Report on the lunatic asylums under the Government of Bombay - 1904-1913
Year: 1904
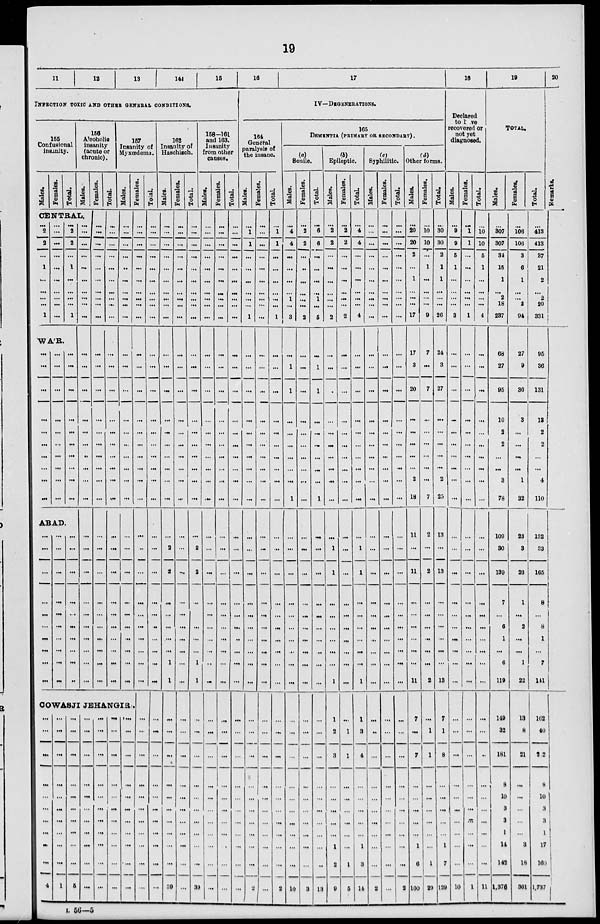
19
11
12
13
14
15
INFECTION TOXIC AND OTHER GENERAL CONDITIONS.
155
Confusional
insanity.
Males.
Females.
Total.
156
Alcoholic
insanity
(acute or
chronic).
Males.
CENTRAL.
...
2
2
...
1
...
...
...
...
1
...
...
...
...
...
...
...
...
...
...
...
2
2
...
1
...
...
...
...
1
WA'R.
...
...
...
...
...
...
...
...
...
...
...
...
...
...
...
...
...
...
...
...
...
...
...
...
...
...
...
...
...
...
ABAD.
...
...
...
...
...
...
...
...
...
...
...
...
...
...
...
...
...
...
...
...
...
...
...
...
...
...
...
...
...
...
...
...
...
...
...
...
...
...
...
...
...
...
...
...
...
...
...
...
...
...
...
...
...
...
...
...
...
...
...
...
Females.
...
...
...
...
...
...
...
...
...
...
...
...
...
...
...
...
...
...
...
...
...
...
...
...
...
...
...
...
...
...
Total.
...
...
...
...
...
...
...
...
...
...
...
...
...
...
...
...
...
...
...
...
...
...
...
...
...
...
...
...
...
...
157
Insanity of
Myxœdema.
Males.
...
...
...
...
...
...
...
...
...
...
...
...
...
...
...
...
...
...
...
...
...
...
...
...
...
...
...
...
...
...
COWASJI JEHANGIR).
...
...
...
...
...
...
...
...
...
...
4
...
...
...
...
...
...
...
...
...
...
1
...
...
...
...
...
...
...
...
...
...
5
...
...
...
...
...
...
...
...
...
...
...
...
...
...
...
...
...
...
...
...
...
...
...
...
...
...
...
...
...
...
...
...
...
...
...
...
...
...
...
...
...
...
...
...
Females.
...
...
...
...
...
...
...
...
...
...
...
...
...
...
...
...
...
...
...
...
...
...
...
...
...
...
...
...
...
...
...
...
...
...
...
...
...
...
...
...
...
Total.
...
...
...
...
...
...
...
... ...
...
...
...
...
...
...
...
...
...
...
...
...
...
...
...
...
...
...
...
...
...
...
...
...
...
...
...
...
...
...
...
...
162
Insanity of
Haschisch.
Males.
...
...
...
...
...
...
...
...
...
...
...
...
...
...
...
...
...
...
...
...
...
2
2
...
...
...
...
...
1
1
...
...
...
...
...
...
...
...
...
...
39
Females.
...
...
...
...
...
...
...
...
...
...
...
...
...
...
...
...
...
...
...
...
...
...
...
...
...
...
...
...
...
...
...
...
...
...
...
...
...
...
...
...
...
Total.
...
...
...
...
...
...
...
...
...
...
...
...
...
...
...
...
...
...
...
...
...
2
2
...
...
...
...
...
1
1
...
...
...
...
...
...
...
...
...
...
39
158-161
and 163.
Insanity
from other
causes.
Males.
...
...
...
...
...
...
...
...
...
...
...
...
...
...
...
...
...
...
...
...
...
...
...
...
...
...
...
...
...
...
...
...
...
...
...
...
...
...
...
...
...
Females.
...
...
...
...
...
...
...
...
...
...
...
...
...
...
...
...
...
...
...
...
...
...
...
...
...
...
...
...
...
...
...
...
...
...
...
...
...
...
...
...
...
Total.
...
...
...
...
...
...
...
...
...
...
...
...
...
...
...
...
...
...
...
...
...
...
...
...
...
...
...
...
...
...
...
...
...
...
...
...
...
...
...
...
...
16
17
IV—DEGENERATIONS.
164
General
paralysis of
the insane.
Males.
...
1
1
...
...
...
...
...
...
1
...
...
...
...
...
...
...
...
...
...
...
...
...
...
...
...
...
...
...
...
...
...
...
...
...
...
...
...
...
...
2
Females.
...
...
...
...
...
...
...
... ...
...
...
...
...
...
...
...
...
...
...
...
...
...
...
...
...
...
...
...
...
...
...
...
...
...
...
...
...
...
...
...
...
Total.
...
1
1
...
...
...
...
...
...
1
...
...
...
...
...
...
...
...
...
...
...
...
...
...
...
...
...
...
...
...
...
...
...
...
...
...
...
...
...
...
2
165
DEMENTIA (PRIMARY OR SECONDARY).
(a)
Senile.
Males.
...
4
4
...
...
...
...
1
...
3
...
1
1
...
...
...
...
...
...
1
...
...
...
...
...
...
...
...
...
...
...
...
...
...
...
...
...
...
...
...
10
Females.
...
2
2
...
...
...
...
...
...
2
...
...
...
...
...
...
...
...
...
...
...
...
...
...
...
...
...
...
...
...
...
...
...
...
...
...
...
...
...
...
8
Total.
...
6
6
...
...
...
...
1
...
5
...
1
1
...
...
...
...
...
...
1
...
...
...
...
...
...
...
...
...
...
...
...
...
...
...
...
...
...
...
...
18
(b)
Epileptic.
Males.
...
2
2
...
...
...
...
...
...
2
...
...
...
...
...
...
...
...
...
...
...
1
1
...
...
...
...
...
...
1
1
2
3
...
...
...
...
...
1
2
9
Females.
...
2
2
...
...
...
...
...
...
2
...
...
...
...
...
...
...
...
...
...
...
...
...
...
...
...
...
...
...
...
...
1
1
...
...
...
...
...
...
1
5
Total.
...
4
4
...
...
...
...
...
...
4
...
...
...
...
...
...
...
...
...
...
...
1
1
...
...
...
...
...
...
1
1
3
4
...
...
...
...
...
1
3
14
(c)
Syphilitic.
Males.
...
...
...
...
...
...
...
...
...
...
...
...
...
...
...
...
...
...
...
...
...
...
...
...
...
...
...
...
...
...
...
...
...
...
...
...
...
...
...
...
2
Females.
...
...
...
...
...
...
...
...
...
...
...
...
...
...
...
...
...
...
...
...
...
...
...
...
...
...
...
...
...
...
...
...
...
...
...
...
...
...
...
...
...
Total.
...
...
...
...
...
...
...
...
...
...
...
...
...
...
...
...
...
...
...
...
...
...
...
...
...
...
...
...
...
...
...
...
...
...
...
...
...
...
...
...
2
(d)
Other forms.
Males.
...
20
20
2
...
1
...
...
...
17
17
3
20
...
...
...
...
...
2
18
11
...
11
...
...
...
...
...
...
11
7
...
7
...
...
...
...
...
1
6
100
Females.
...
10
10
...
1
...
...
...
...
9
7
...
7
...
...
...
...
...
...
7
2
...
2
...
...
...
...
...
...
2
...
1
1
...
...
...
...
...
...
1
29
Total.
...
30
30
2
1
1
...
...
...
26
24
3
27
...
...
...
...
...
2
25
13
...
13
...
...
...
...
...
...
13
7
1
8
...
...
...
...
...
1
7
129
18
Declared
to have
recovered or
not yet
diagnosed.
Males.
...
9
9
5
1
...
...
...
...
3
...
...
...
...
...
...
...
...
...
...
...
...
...
...
...
...
...
...
...
...
...
...
...
...
...
...
...
...
...
...
10
Females.
...
1
1
...
...
...
...
...
...
1
...
...
...
...
...
...
...
...
...
...
...
...
...
...
...
...
...
...
...
...
...
...
...
...
...
...
...
...
...
...
1
Total.
...
10
10
5
1
...
...
...
...
4
...
...
...
...
...
...
...
...
...
...
...
...
...
...
...
...
...
...
...
...
...
...
...
...
...
...
...
...
...
...
11
19
TOTAL.
Males.
...
307
307
34
15
1
...
2
18
237
68
27
95
10
2
2
...
...
3
78
109
30
139
7
...
6
1
...
6
119
149
32
181
8
10
3
3
1
14
142
1,376
Females.
...
106
106
3
6
1
...
...
2
94
27
9
36
3
...
...
...
...
1
32
23
3
26
1
...
2
...
...
1
22
13
8
21
...
...
...
...
...
3
18
361
Total.
...
413
413
37
21
2
...
2
20
331
95
36
131
13
2
2
...
...
4
110
132
33
165
8
...
8
1
...
7
141
162
40
202
8
10
3
3
1
17
160
1,737
20
Remarks.
L 56—5